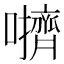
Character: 𫬬